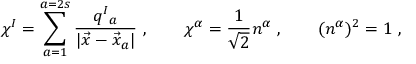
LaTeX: \chi ^ { I } = \sum _ { a = 1 } ^ { a = 2 s } \frac { q ^ { I } { } _ { a } } { | \vec { x } - \vec { x } _ { a } | } \ , \qquad \chi ^ { \alpha } = { \frac { 1 } { \sqrt 2 } } n ^ { \alpha } \ , \qquad ( n ^ { \alpha } ) ^ { 2 } = 1 \ ,